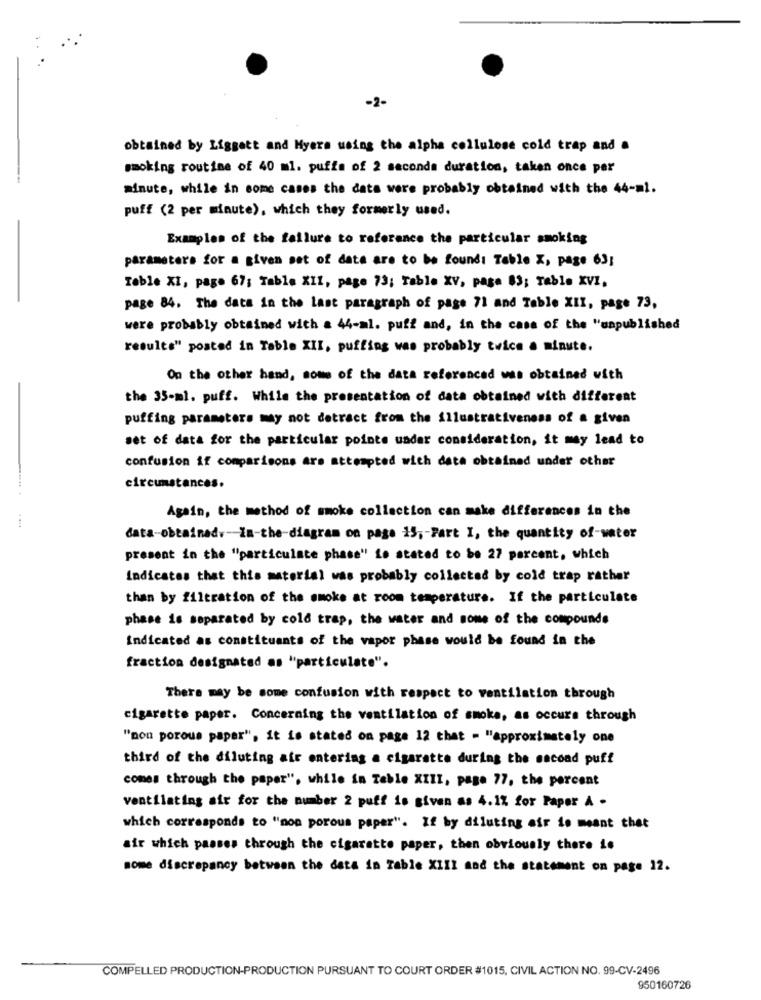
-2-
obtained by Liggett and Myers using the alpha cellulose cold trap and a
smoking routine of 40 ml. puffa of 2 seconds duration, taken once per
--
minute, while in some cases the data were probably obtained with the 44-ml.
puff (2 per minute), which they formerly used.
Examples of the failure to reference the particular smoking
parameters for a given set of data are to be found: Table X, page 63;
Table XI, page 67; Tabla XII, page 73; Table XV, paga 83; Table XVI,
page 84. The data in the Last paragraph of page 71 and Table XII, page 73,
were probably obtained with a 44-ml. puff and, in the case of the "unpublished
results" posted in Table XII, puffing was probably twice a minute.
On the other hand, some of the data referenced was obtained with
the 35-ml. puff. While the presentation of data obtained with different
puffing parameters may not detract from the illustrativeness of a given
set of data for the particular pointe under consideration, it may lead to
confusion if comparisons are attempted with data obtained under other
circumstances.
Again, the method of smoke collection can make differences in the
data-obtained .- In-the-diagram on page 15 ,- Fart I, the quantity of-water
present in the "particulate phase" fo stated to be 27 percent, which
Indicates that this material was probably collected by cold trap rather
than by filtration of the smoke at room temperature. If the particulate
phase is separated by cold trap, the water and some of the compounds
Indicated as constituants of the vapor phase would be found in the
fraction designated as "particulate".
There may be some confusion with respect to ventilation through
cigarette paper. Concerning the ventilation of smoke, as occurs through
"non porous paper", it is stated on page 12 that - "approximately one
third of the diluting air entering a cigarette during the second puff
comes through the paper", while in Table XIII, page 77, the percent
ventilating air for the number 2 puff is given as 4.1% for Paper A -
which corresponds to "non porous paper". If by diluting air fo meant that
air which passes through the cigarette paper, then obviously there is
some discrepancy between the data in Table XIII and the statement on page 12.
COMPELLED PRODUCTION-PRODUCTION PURSUANT TO COURT ORDER #1015, CIVIL ACTION NO. 99-CV-2496
950160726